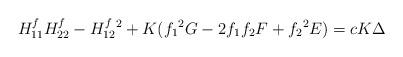
LaTeX: \begin{align*}H^f_{11}H^f_{22}-H^f_{12}{}^2+K(f_1{}^2G-2f_1f_2F+f_2{}^2E) = cK \Delta \end{align*}